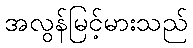
အလွန်မြင့်မားသည်